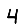
Digit: 4